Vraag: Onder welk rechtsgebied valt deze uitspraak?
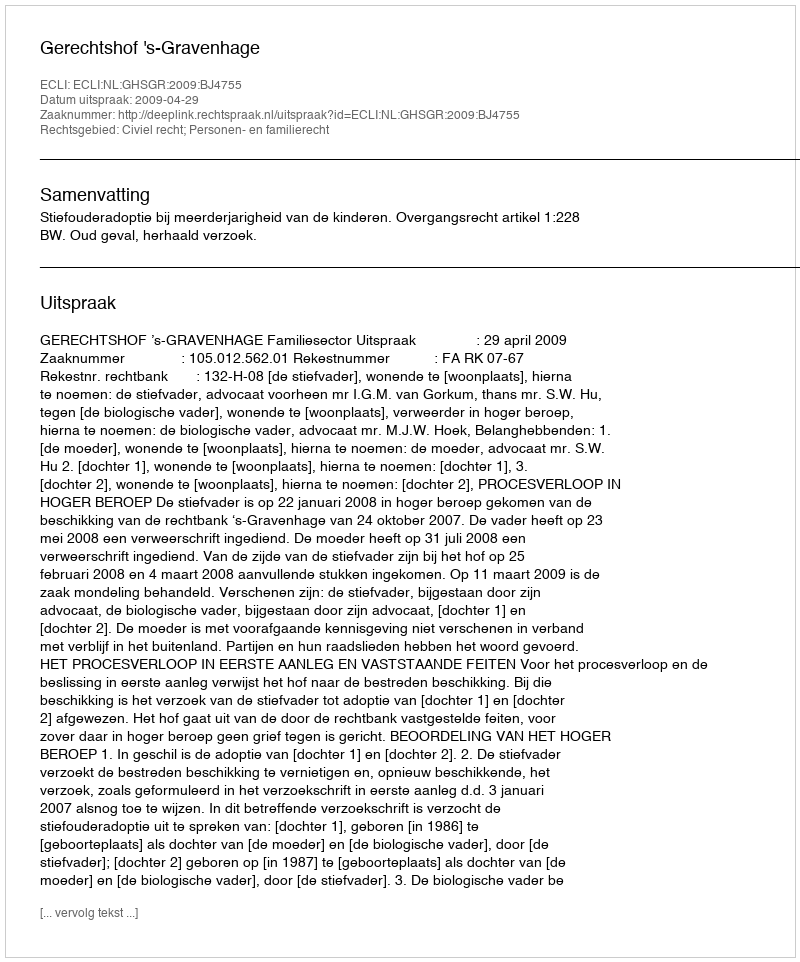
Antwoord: Civiel recht; Personen- en familierecht